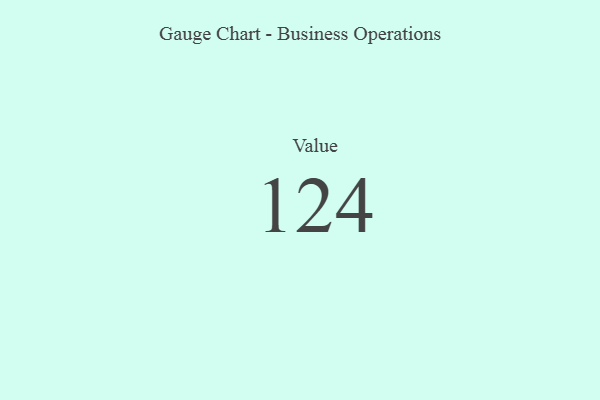
{"axis": {"x": "Metric", "y": "Value"}, "legend": [""], "data": [{"x": "Value", "y": 124, "type": ""}]}